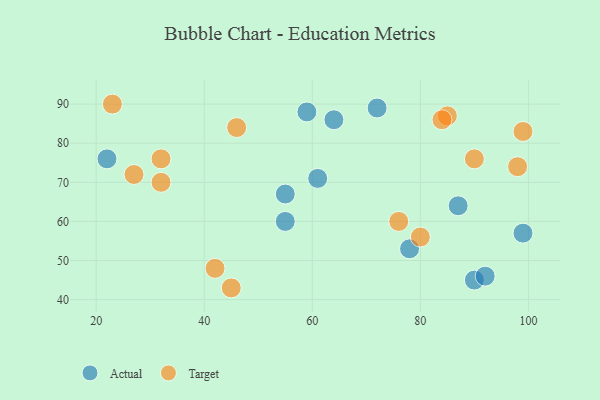
{"axis": {"x": "GDP", "y": "Life Expectancy"}, "legend": ["Actual", "Target"], "data": [{"x": "55", "y": 67, "type": "Actual"}, {"x": "64", "y": 86, "type": "Actual"}, {"x": "22", "y": 76, "type": "Actual"}, {"x": "99", "y": 57, "type": "Actual"}, {"x": "55", "y": 60, "type": "Actual"}, {"x": "78", "y": 53, "type": "Actual"}, {"x": "59", "y": 88, "type": "Actual"}, {"x": "72", "y": 89, "type": "Actual"}, {"x": "87", "y": 64, "type": "Actual"}, {"x": "90", "y": 45, "type": "Actual"}, {"x": "92", "y": 46, "type": "Actual"}, {"x": "61", "y": 71, "type": "Actual"}, {"x": "45", "y": 43, "type": "Target"}, {"x": "32", "y": 70, "type": "Target"}, {"x": "32", "y": 76, "type": "Target"}, {"x": "76", "y": 60, "type": "Target"}, {"x": "99", "y": 83, "type": "Target"}, {"x": "23", "y": 90, "type": "Target"}, {"x": "42", "y": 48, "type": "Target"}, {"x": "85", "y": 87, "type": "Target"}, {"x": "84", "y": 86, "type": "Target"}, {"x": "80", "y": 56, "type": "Target"}, {"x": "27", "y": 72, "type": "Target"}, {"x": "46", "y": 84, "type": "Target"}, {"x": "90", "y": 76, "type": "Target"}, {"x": "98", "y": 74, "type": "Target"}]}